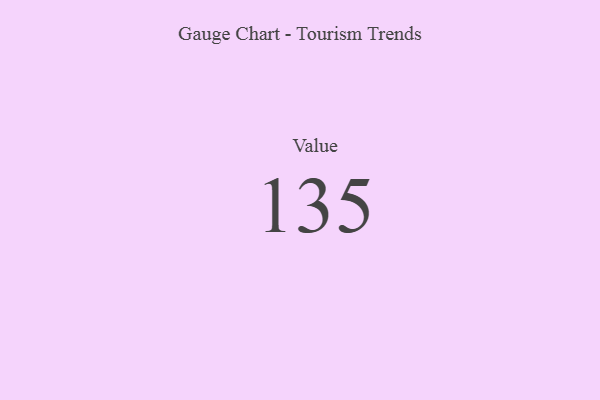
{"axis": {"x": "Metric", "y": "Value"}, "legend": [""], "data": [{"x": "Value", "y": 135, "type": ""}]}